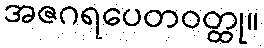
အဇဂရပေတဝတ္ထု။